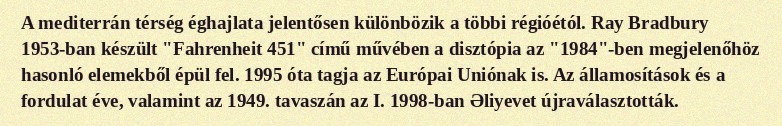
A mediterrán térség éghajlata jelentősen különbözik a többi régióétól. Ray Bradbury 1953-ban készült "Fahrenheit 451" című művében a disztópia az "1984"-ben megjelenőhöz hasonló elemekből épül fel. 1995 óta tagja az Európai Uniónak is. Az államosítások és a fordulat éve, valamint az 1949. tavaszán az I. 1998-ban Əliyevet újraválasztották.